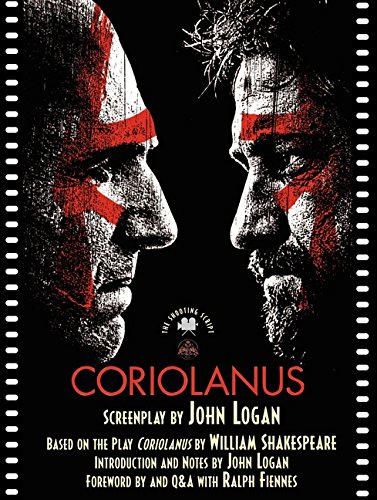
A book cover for Coriolanus: The Shooting Script; John Logan; Humor & Entertainment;